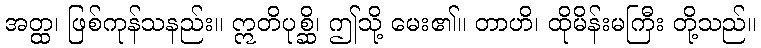
အတ္ထ၊ ဖြစ်ကုန်သနည်း။ ဣတိပုစ္ဆိ၊ ဤသို့ မေး၏။ တာဟိ၊ ထိုမိန်းမကြီး တို့သည်။